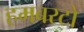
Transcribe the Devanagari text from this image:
हमबरटो